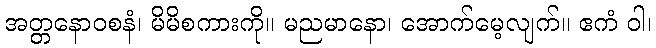
အတ္တနောဝစနံ၊ မိမိစကားကို။ မညမာနော၊ အောက်မေ့လျက်။ ဧကံ ဝါ၊